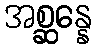
အစ္ဆန္နေ